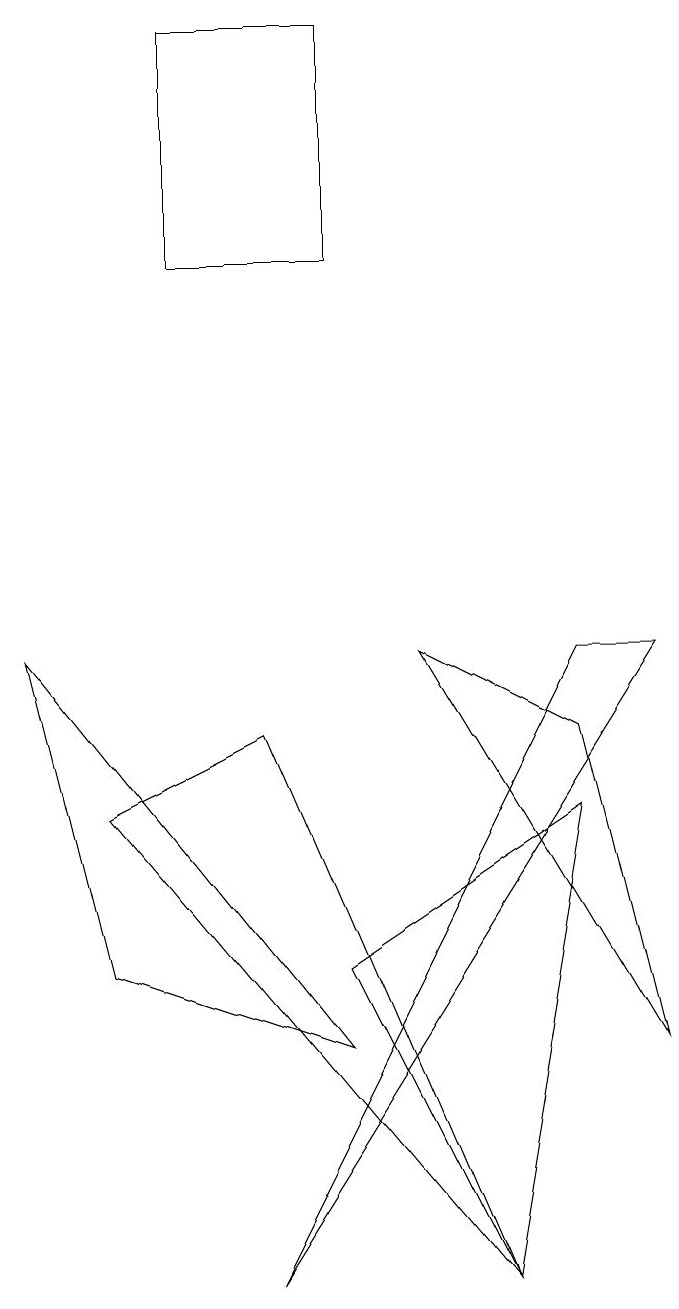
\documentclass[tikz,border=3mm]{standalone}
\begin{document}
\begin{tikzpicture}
\draw (5,16) rectangle (3,13);
\draw (8,8) -- (9,8) -- (4,0) -- cycle;
\draw (7,0) -- (5,4) -- (8,6) -- cycle;
\draw (9,3) -- (6,8) -- (8,7) -- cycle;
\draw (7,0) -- (2,6) -- (4,7) -- cycle;
\draw (5,3) -- (1,8) -- (2,4) -- cycle;
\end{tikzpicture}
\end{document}